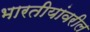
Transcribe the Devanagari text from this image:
भारतीयांवरील